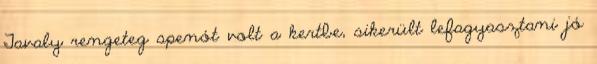
Tavaly rengeteg spenót volt a kertbe, sikerült lefagyasztani jó